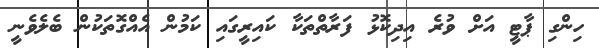
ހިންގި ޕާޓީ އަށް ވުރެ އިދިކޮޅު ފަރާތްތަކާ ކައިރީގައި ކަމުން އެއްގޮތަކުން ބެލެވެނީ